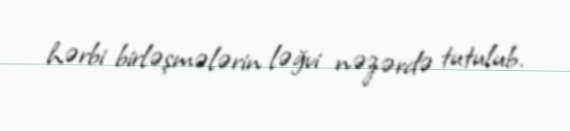
hərbi birləşmələrin ləğvi nəzərdə tutulub.